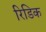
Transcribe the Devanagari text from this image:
रिडिक